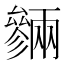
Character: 𠬙